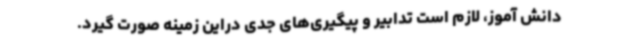
دانش آموز، لازم است تدابیر و پیگیری‌های جدی دراین زمینه صورت گیرد.